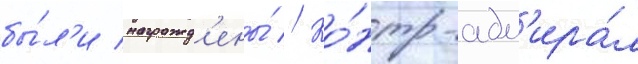
бы́л'и награжд'ены́ // Ко́нтр-адм'ира́л